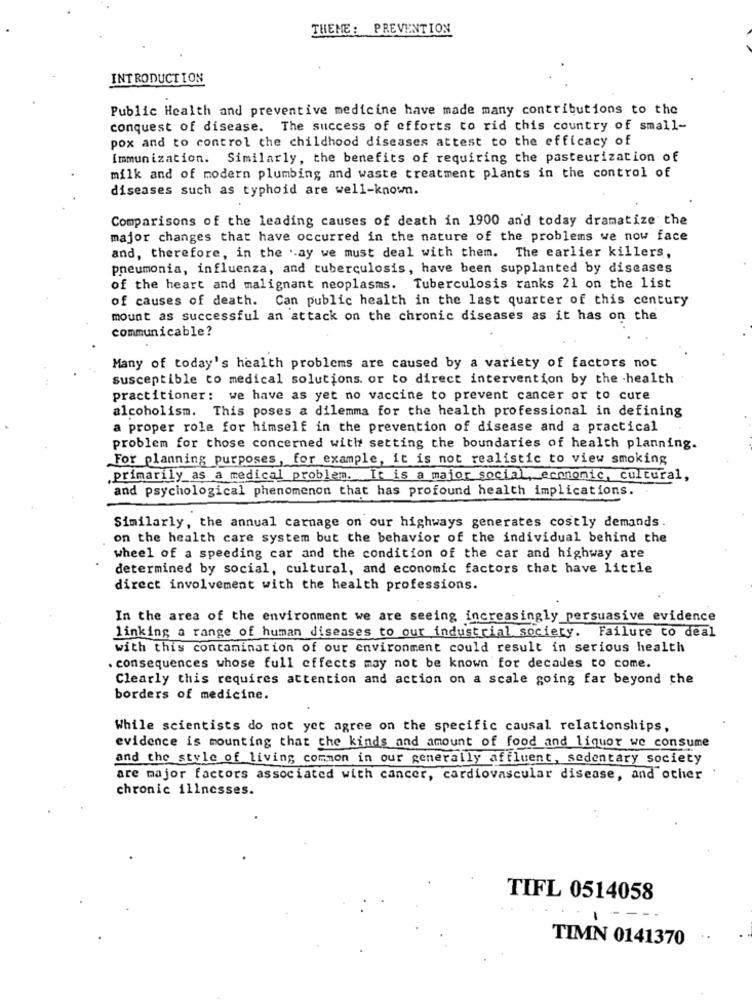
THEME: PREVENTION
INTRODUCTION
Public Health and preventive medicine have made many contributions to the
conquest of disease. The success of efforts to rid this country of small-
pox and to control the childhood diseases attest to the efficacy of
Immunization. Similarly, the benefits of requiring the pasteurization of
milk and of modern plumbing and waste treatment plants in the control of
diseases such as typhoid are well-known.
Comparisons of the leading causes of death in 1900 an'd today dramatize the
major changes that have occurred in the nature of the problems we now face
and, therefore, in the .ay we must deal with them. The earlier killers,
pneumonia, influenza, and tuberculosis, have been supplanted by diseases
of the heart and malignant neoplasms. Tuberculosis ranks 21 on the list
of causes of death. Can public health in the last quarter of this century
mount as successful an attack on the chronic diseases as it has on the
communicable?
Many of today's health problems are caused by a variety of factors not
susceptible to medical solutions. or to direct intervention by the health
practitioner: we have as yet no vaccine to prevent cancer or to cure
alcoholism. This poses a dilemma for the health professional in defining
a proper role for himself in the prevention of disease and a practical
problem for those concerned with setting the boundaries of health planning.
For planning purposes, for example, it is not realistic to view smoking
.primarily_as a medical problem. It is a major social, economic, cultural,
and psychological phenomenon that has profound health implications.
Similarly, the annual carnage on our highways generates costly demands.
on the health care system but the behavior of the individual behind the
wheel of a speeding car and the condition of the car and highway are
determined by social, cultural, and economic factors that have little
direct involvement with the health professions.
In the area of the environment we are seeing increasingly persuasive evidence
linking a range of human diseases to our industrial society. Failure to deal
with this contamination of our environment could result in serious health
consequences whose full effects may not be known for decades to come.
Clearly this requires attention and action on a scale going far beyond the
borders of medicine.
While scientists do not yet agree on the specific causal relationships,
evidence is mounting that the kinds and amount of food and liquor we consume
and the style of living common in our generally affluent, sedentary society
are major factors associated with cancer, cardiovascular disease, and other
chronic illnesses.
TIFL 0514058
1
TIMN 0141370